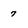
Character: 7